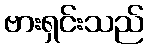
ဗားရှင်းသည်